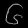
Digit: ၆